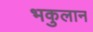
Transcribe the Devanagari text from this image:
भकुलान